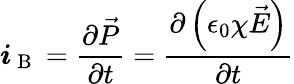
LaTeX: \boldsymbol{i}_{\mathrm{~B~}}=\frac{\partial\vec{P}}{\partial t}=\frac{\partial\left(\epsilon_{0}\chi\vec{E}\right)}{\partial t}